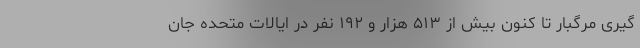
گیری مرگبار تا کنون بیش از ۵۱۳ هزار و ۱۹۲ نفر در ایالات متحده جان